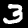
Label: 3